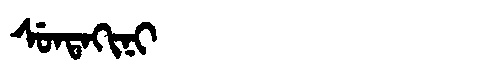
Manchu: ᠰᡠᠨᡨᠠᡴᡳᠨᡳ
Romanization: SUNTAKINI